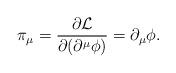
LaTeX: \begin{align*}\pi_{\mu} =\frac{\partial {\cal L}}{\partial (\partial^{\mu}\phi)} =\partial_{\mu}\phi .\end{align*}